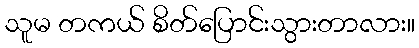
သူမ တကယ် စိတ်ပြောင်းသွားတာလား။